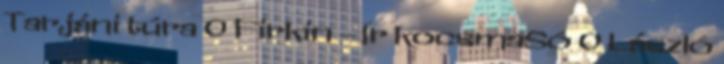
Tarjáni túra 0 Firkin – Ír kocsmaSó 0 László